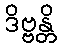
ဒိဗ္ဗန္တိ